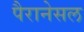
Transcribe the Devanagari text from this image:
पैरानेसल